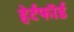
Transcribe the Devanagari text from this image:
हेर्टफाॅर्ड